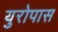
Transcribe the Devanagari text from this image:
युरोपास